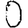
Digit: 0